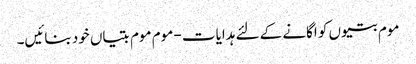
موم بتیوں کو اگانے کے لئے ہدایات - موم موم بتیاں خود بنائیں۔